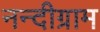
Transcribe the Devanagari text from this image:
नन्दीग्राम